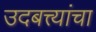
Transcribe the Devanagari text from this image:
उदबत्त्यांचा